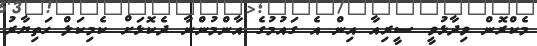
މެކްރޮން ވިދާޅުވީ ސީރިއާ އިން އެ ގައުމުގެ އާންމުންނާ ދެކޮޅަށް ކެމިކަލް ހަތިޔާރު